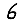
Digit: 6